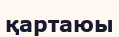
қартаюы